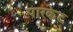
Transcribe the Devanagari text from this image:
पारकेट